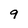
Character: 9